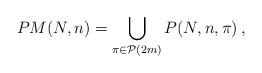
LaTeX: \begin{align*}PM(N,n)=\bigcup_{\pi\in{\mathcal P}(2m)}P(N,n,\pi)\,,\end{align*}